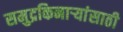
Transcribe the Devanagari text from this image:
समुद्रकिनार्‍यांसाठी